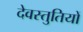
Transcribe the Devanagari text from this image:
देवस्तुतियों